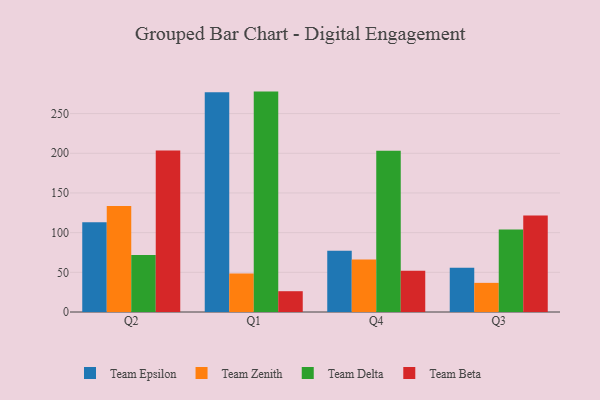
{"axis": {"x": "Quarter", "y": "Market Share (%)"}, "legend": ["Team Beta", "Team Delta", "Team Epsilon", "Team Zenith"], "data": [{"x": "Q2", "y": 113.2, "type": "Team Epsilon"}, {"x": "Q2", "y": 133.7, "type": "Team Zenith"}, {"x": "Q2", "y": 71.8, "type": "Team Delta"}, {"x": "Q2", "y": 203.4, "type": "Team Beta"}, {"x": "Q1", "y": 276.9, "type": "Team Epsilon"}, {"x": "Q1", "y": 48.4, "type": "Team Zenith"}, {"x": "Q1", "y": 277.7, "type": "Team Delta"}, {"x": "Q1", "y": 26.2, "type": "Team Beta"}, {"x": "Q4", "y": 77.3, "type": "Team Epsilon"}, {"x": "Q4", "y": 66.3, "type": "Team Zenith"}, {"x": "Q4", "y": 203.3, "type": "Team Delta"}, {"x": "Q4", "y": 52.1, "type": "Team Beta"}, {"x": "Q3", "y": 55.7, "type": "Team Epsilon"}, {"x": "Q3", "y": 36.7, "type": "Team Zenith"}, {"x": "Q3", "y": 104.0, "type": "Team Delta"}, {"x": "Q3", "y": 121.5, "type": "Team Beta"}]}